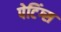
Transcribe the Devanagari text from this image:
पेटिंग्स